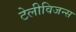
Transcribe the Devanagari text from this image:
टेलीविजन्स